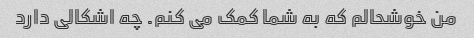
من خوشحالم که به شما کمک می کنم. چه اشکالی دارد